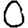
Digit: 0